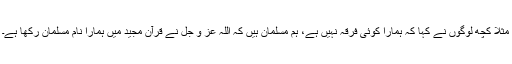
مثلاً کچھ لوگوں نے کہا کہ ہمارا کوئی فرقہ نہیں ہے، ہم مسلمان ہیں کہ اللہ عز و جل نے قرآن مجید میں ہمارا نام مسلمان رکھا ہے۔